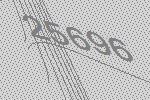
25696